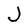
Character: J